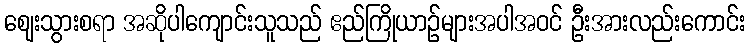
ဈေးသွားစရာ အဆိုပါကျောင်းသူသည် ဧည်ကြိုယာဉ်များအပါအဝင် ဦးအားလည်းကောင်း